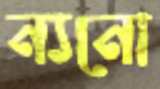
ন্যনো